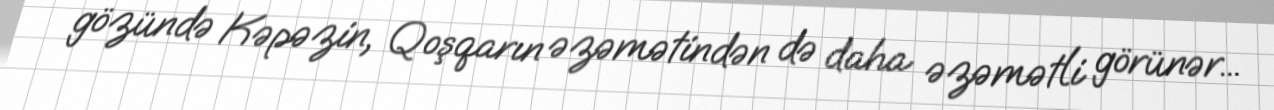
gözündə Kəpəzin, Qoşqarın əzəmətindən də daha əzəmətli görünər...